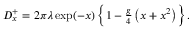
\begin{array} { r } { D _ { x } ^ { + } = 2 \pi \lambda \exp ( - x ) \left\{ 1 - \frac { g } { 4 } \left( x + x ^ { 2 } \right) \right\} . } \end{array}